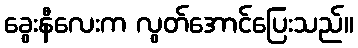
ခွေးနီလေးက လွတ်အောင်ပြေးသည်။